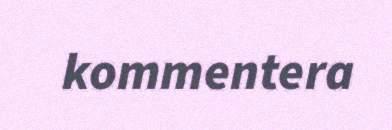
kommentera